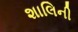
શાલિની